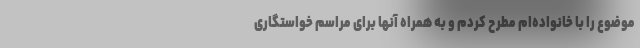
موضوع را با خانواده‌ام مطرح کردم و به همراه آنها برای مراسم خواستگاری